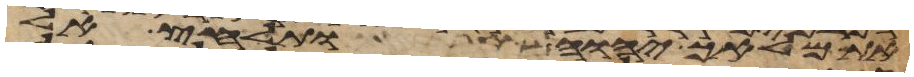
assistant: את מלאך יהוה ותלחץ אל